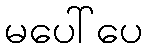
မပေါ်ပေ